Insane asylums in Bengal annual reports 1876-1887 - 1876-1887
Year: 1876
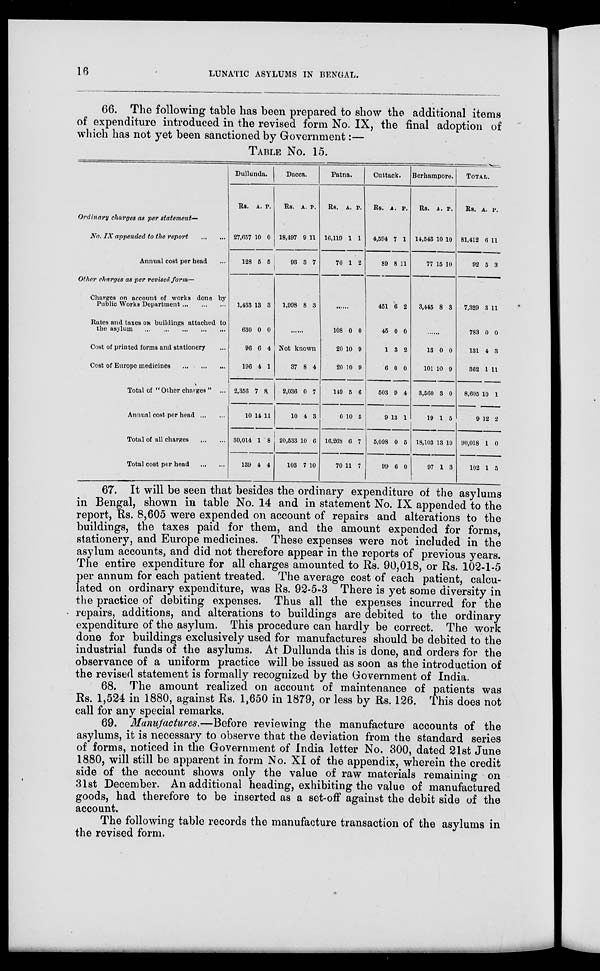
16
LUNATIC ASYLUMS IN BENGAL.
66. The following table has been prepared to show the additional items
of expenditure introduced in the revised form No. IX, the final adoption of
which has not yet been sanctioned by Government:—
TABLE No. 15.
Ordinary charges as per statement—
No. IX appended to the report ... ...
Annual cost per head ...
Other charges as per revised form—
Charges on account of works done by
Public Works Department
...
...
...
Rates and taxes on buildings attached to
the asylum
...
...
...
...
...
Cost of printed forms and stationery
Cost of Europe medicines
...
...
...
Total of “ Other charges ” ...
Annual cost per head
...
...
Total of all charges ... ... ...
Total cost per head ... ... ...
Dullunda.
Rs. A. P.
27,657
128
10
5
0
5
1,433
630
96
196
2,356
10
30,014
139
13
0
6
4
7
14
1
4
3
0
4
1
8
11
8
4
Dacca.
Rs. A. P.
18,497
93
9
3
11
7
1,998 8 3
......
Not known
37
2,036
10
20,533
103
8
0
4
10
7
4
7
3
6
10
Patna.
Rs. A. P.
16,119
70
1
1
1
2
......
108
20
20
149
0
16,268
70
0
10
10
5
10
6
11
0
9
9
6
5
7
7
Cuttack.
Rs. A. P.
4,594
89
7
8
1
11
451
45
1
6
503
9
5,098
99
6
0
3
0
9
13
0
6
2
0
2
0
4
1
5
0
Berhampore.
Rs. A. P.
14,543
77
10
15
10
10
3,445 8 3
......
13
101
3,560
19
18,103
97
0
10
3
1
13
1
0
9
0
5
10
3
TOTAL.
Rs. A. P.
81,412
92
6
5
11
3
7,329
783
131
362
8,605
9
90,018
102
3
0
4
1
10
12
1
1
11
0
3
11
1
2
0
5
67. It will be seen that besides the ordinary expenditure of the asylums
in Bengal, shown in table No. 14 and in statement No. IX appended to the
report, Rs. 8,605 were expended on account of repairs and alterations to the
buildings, the taxes paid for them, and the amount expended for forms,
stationery, and Europe medicines. These expenses were not included in the
asylum accounts, and did not therefore appear in the reports of previous years.
The entire expenditure for all charges amounted to Rs. 90,018, or Rs. 102-1-5
per annum for each patient treated. The average cost of each patient, calcu-
lated on ordinary expenditure, was Rs. 92-5-3 There is yet some diversity in
the practice of debiting expenses. Thus all the expenses incurred for the
repairs, additions, and alterations to buildings are debited to the ordinary
expenditure of the asylum. This procedure can hardly be correct. The work
done for buildings exclusively used for manufactures should be debited to the
industrial funds of the asylums. At Dullunda this is done, and orders for the
observance of a uniform practice will be issued as soon as the introduction of
the revised statement is formally recognized by the Government of India.
68. The amount realized on account of maintenance of patients was
Rs. 1,524 in 1880, against Rs. 1,650 in 1879, or less by Rs. 126. This does not
call for any special remarks.
69. Manufactures.—Before reviewing the manufacture accounts of the
asylums, it is necessary to observe that the deviation from the standard series
of forms, noticed in the Government of India letter No. 300, dated 21st June
1880, will still be apparent in form No. XI of the appendix, wherein the credit
side of the account shows only the value of raw materials remaining on
31st December. An additional heading, exhibiting the value of manufactured
goods, had therefore to be inserted as a set-off against the debit side of the
account.
The following table records the manufacture transaction of the asylums in
the revised form.